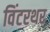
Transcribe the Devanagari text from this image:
विंटरथर